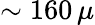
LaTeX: \sim 160\, \mu